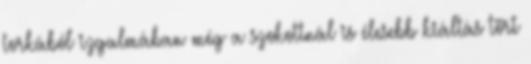
torkából izgalmában még a szokottnál is élesebb kiáltás tört